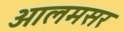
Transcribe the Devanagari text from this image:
आलमसर